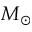
M _ { \odot }